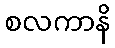
စလကာနိ